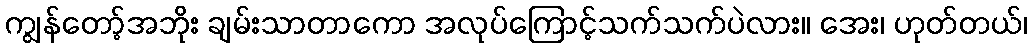
ကျွန်တော့်အဘိုး ချမ်းသာတာကော အလုပ်ကြောင့်သက်သက်ပဲလား။ အေး၊ ဟုတ်တယ်၊